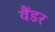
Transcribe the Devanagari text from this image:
वैंडर